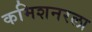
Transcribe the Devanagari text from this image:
कमिशनरला